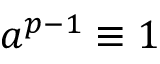
a ^ { p - 1 } \equiv 1